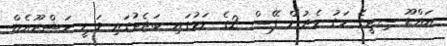
އައްޑޫ ސިޓީގެ މަގު ހެދުން ފޭސް 2ގެ ނަމުގައި ބަޖެޓުގައި ވަނީ މަޝްރޫއެއް